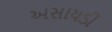
અસાયડી